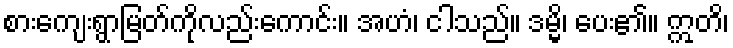
စားကျေးရွာမြတ်ကိုလည်းကောင်း။ အဟံ၊ ငါသည်။ ဒမ္မိ၊ ပေး၏။ ဣတိ၊